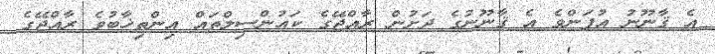
އެ ޤާނޫނު އުފަންވެ އެ ޤާނޫނުގެ ދަށުން ރާއްޖޭގެ ކައުންސިލްތައް އިންތިޚާބުވެ ރާއްޖޭގެ